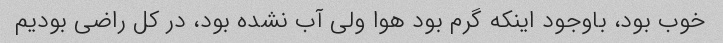
خوب بود، باوجود اینکه گرم بود هوا ولی آب نشده بود، در کل راضی بودیم